Eesti_Rahvusfond, lk 133
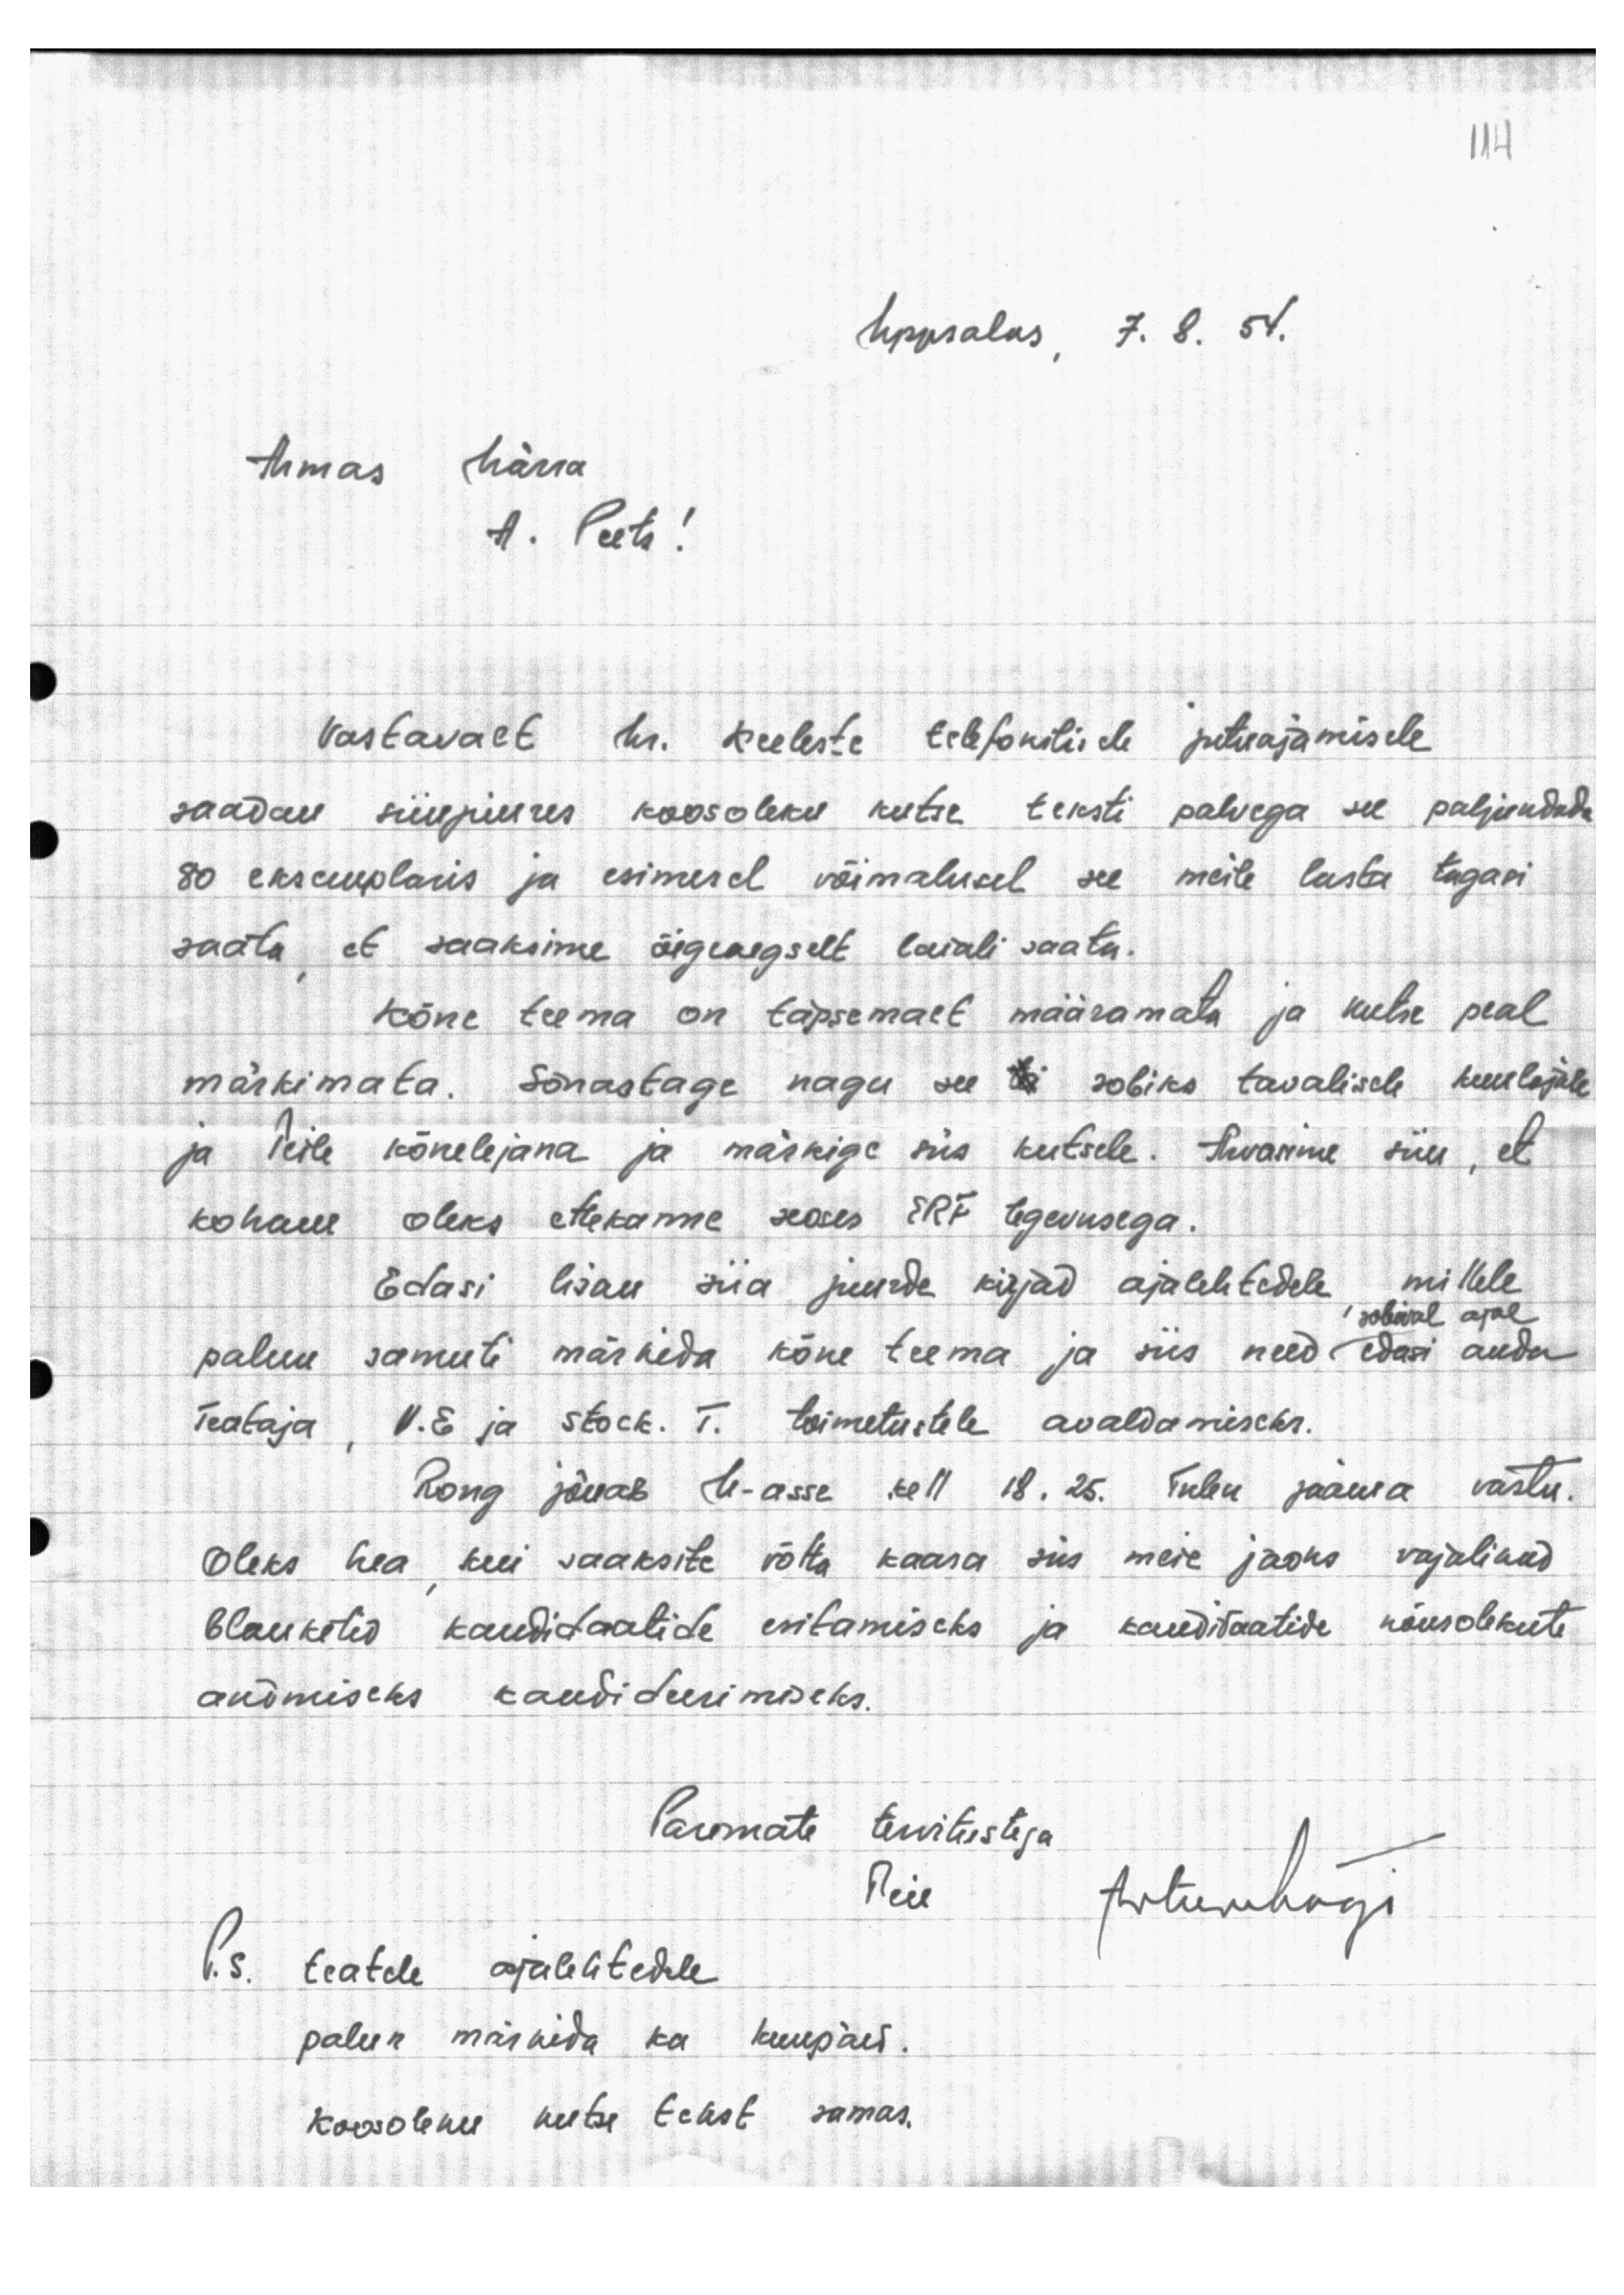
Uppsalas, 7. 8. 54.

Armas härra
A. Peets!

Vastavalt hr. Keeleste telefonilisele jutuajamisele
saadan siinjuures koosoleku kutse teksti palvega see paljundada
80 eksemplaris ja esimesel võimalusel see meile lasta tagasi
saata, et saaksime õigeaegselt laiali saata.
Kõne teema on täpsemalt määramata ja kutse peal
märkimata. Sõnastage nagu see tei sobiks tavalisele kuulajale
ja Teile kõnelejana ja märkige siis kutsele. Arvasime siin, et
kohane oleks ettekanne seoses ERF tegevusega.
Edasi lisan siia juurde kirjad ajalehtedele millele
sobival ajal
palun samuti märkida kõne teema ja siis need edasi anda
Teataja, V.E ja Stock. T. toimetustele avaldamiseks.
Rong jõuab U-asse kell 18.25. Tulen jaama vastu.
Oleks hea, kui saaksite võtta kaasa siis meie jaoks vajalikud
blanketid kandidaatide esitamiseks ja kandidaatide nõusolekute
andmiseks kandideerimiseks.
Paremate tervitustega
Teie
ArturMägi
P.S. teatele ajalehtedele
palun märkida ka kuupäev.
Koosoleku kutse tekst samas.